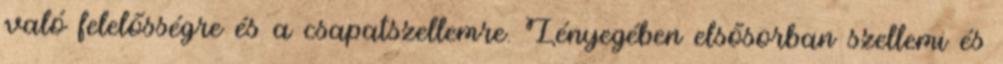
való felelősségre és a csapatszellemre. Lényegében elsősorban szellemi és